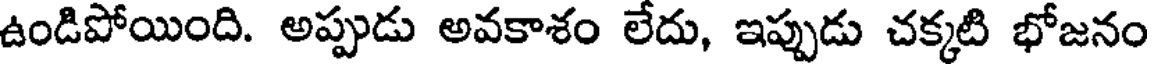
ఉండిపోయింది. అప్పుడు అవకాశం లేదు, ఇప్పుడు చక్కటి భోజనం